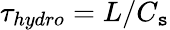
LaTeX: \tau_{hydro}=L/C_{\mathtt{s}}